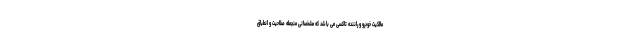
مالکیت خودرو و راننده تاکسی می باشد که مشخصاتی منجمله صلاحیت و انطباق